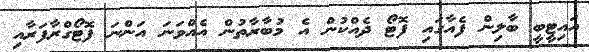
އައިޓީބީ ބާލިން ފެއާގައި ފޮޓޯ ދެއްކުން އެ މުބާރާތުން އެއްވަނަ އަންނަ ފޮޓޯގްރާފަރާއި